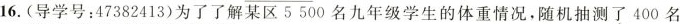
16.(导学号：47382413)为了了解某区5500名九年级学生的体重情况，随机抽测了400名